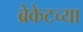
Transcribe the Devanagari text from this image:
ब्रेकेटच्या